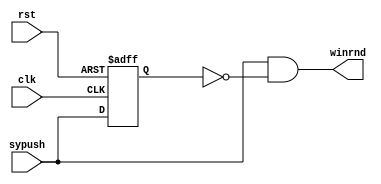
module OPP(winrnd,sypush,clk,rst);
	input sypush,clk,rst;
	output winrnd;
	wire sypush,clk,rst,winrnd;
	reg Q;

	assign winrnd=sypush&~Q;

	always @(posedge clk or posedge rst)
	begin
		if (rst) Q<=0;
		else Q<=sypush;
	end
endmodule